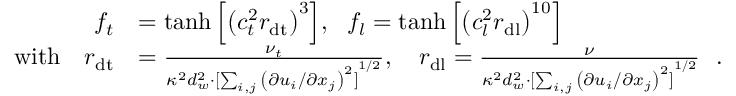
\begin{array} { r l } { f _ { t } } & { = \operatorname { t a n h } { \left[ { \left( c _ { t } ^ { 2 } r _ { \mathrm { d t } } \right) } ^ { 3 } \right] } , \ \ f _ { l } = \operatorname { t a n h } { \left[ { \left( c _ { l } ^ { 2 } r _ { \mathrm { d l } } \right) } ^ { 1 0 } \right] } } \\ { \mathrm { w i t h } \ \ \ r _ { \mathrm { d t } } } & { = \frac { \nu _ { t } } { \kappa ^ { 2 } d _ { w } ^ { 2 } \cdot { [ \sum _ { i , j } { \left( \partial u _ { i } / \partial x _ { j } \right) } ^ { 2 } ] } ^ { 1 / 2 } } , \ \ \ r _ { \mathrm { d l } } = \frac { \nu } { \kappa ^ { 2 } d _ { w } ^ { 2 } \cdot { [ \sum _ { i , j } { \left( \partial u _ { i } / \partial x _ { j } \right) } ^ { 2 } ] } ^ { 1 / 2 } } \ \ . } \end{array}